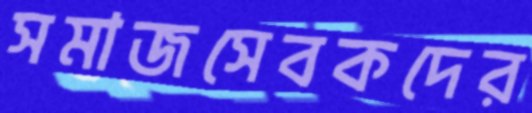
সমাজসেবকদের